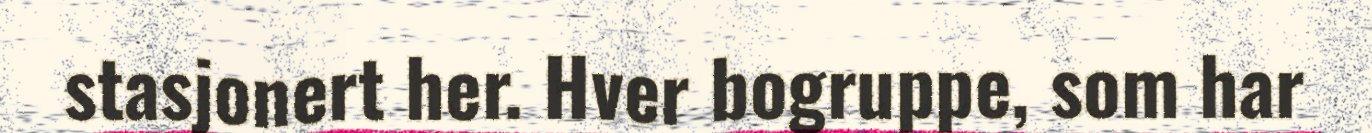
stasjonert her. Hver bogruppe, som har